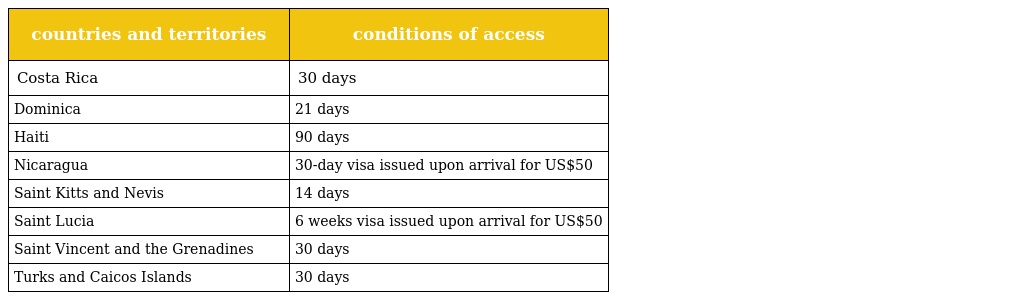
| countries and territories | conditions of access |
 | --- | --- |
 | Costa Rica | 30 days |
 | Dominica | 21 days |
 | Haiti | 90 days |
 | Nicaragua | 30-day visa issued upon arrival for US$50 |
 | Saint Kitts and Nevis | 14 days |
 | Saint Lucia | 6 weeks visa issued upon arrival for US$50 |
 | Saint Vincent and the Grenadines | 30 days |
 | Turks and Caicos Islands | 30 days |